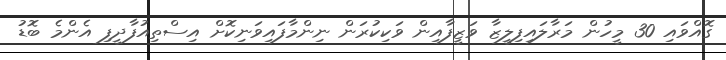
ގޮއްވައި 30 މީހުން މަރާލައިފިލީޒާ ވަޒީފާއިން ވަކިކުރަން ނިންމާފައިވަނިކޮށް އިސްތިއުފާދީފި އެންމެ ބޮޑު